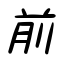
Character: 前